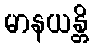
မာနယန္တိ